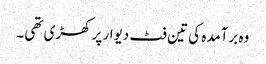
وہ برآمدہ کی تین فٹ دیوار پر کھڑی تھی۔